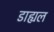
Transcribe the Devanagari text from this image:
डाह्यल